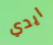
ايدي